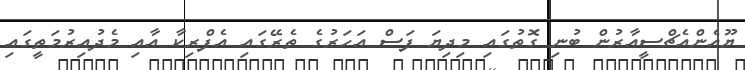
ޔޫއެންއެޗްސީއާރުން ބުނި ގޮތުގައި މިދިޔަ ފަސް އަހަރުގެ ތެރޭގައި އެފްރިކާ އާއި މެދުއިރުމަތީގައި